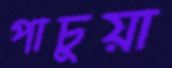
পাচুয়া